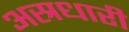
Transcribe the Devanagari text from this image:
अस्रधारी